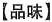
【品味】